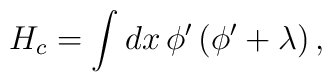
H_c=\int dx\,\phi^\prime\,\bigl(\phi^\prime+\lambda\bigr)\,,